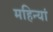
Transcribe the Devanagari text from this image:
महिन्यां